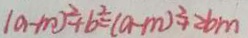
( a - m ) ^ { 2 } + b ^ { 2 } = ( a - m ) ^ { 2 } + 2 b m